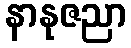
နာနုဇညာ